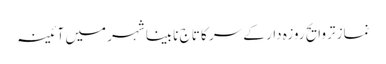
نماز تروایح روزہ دار کے سر کا تاج	 نابینا شہر میں آئینہ